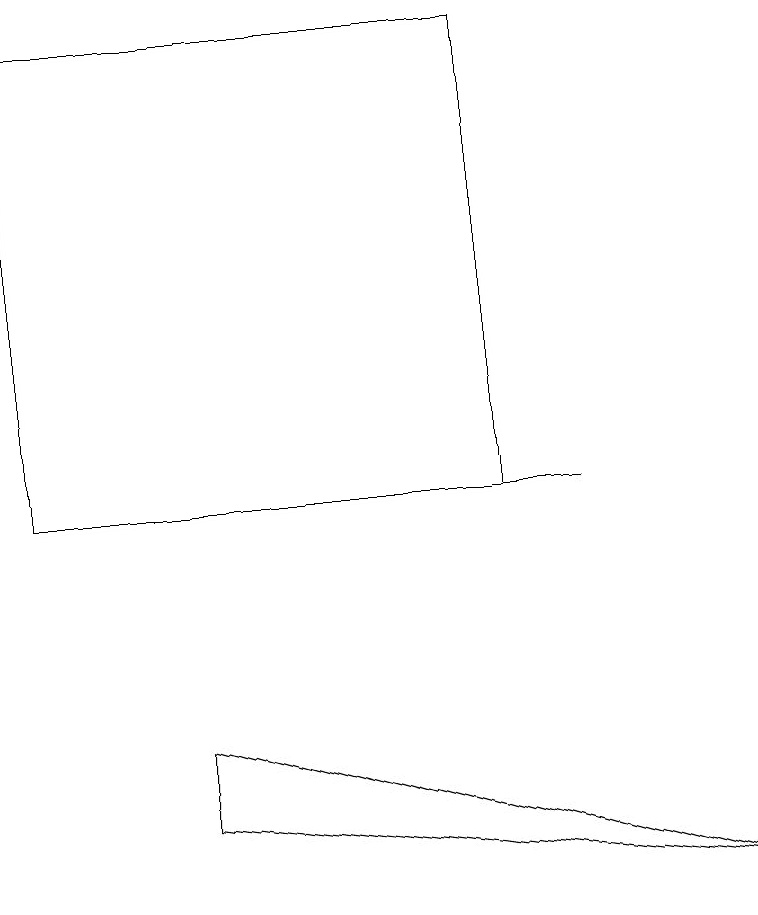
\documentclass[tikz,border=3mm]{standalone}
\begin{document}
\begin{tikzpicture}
\draw (7,12) rectangle (2,12);
\draw (2,9) -- (2,8) -- (9,7) -- cycle;
\draw (0,18) rectangle (6,12);
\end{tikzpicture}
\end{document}